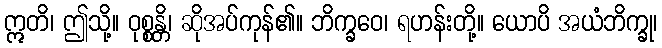
ဣတိ၊ ဤသို့။ ဝုစ္စန္တိ၊ ဆိုအပ်ကုန်၏။ ဘိက္ခဝေ၊ ရဟန်းတို့။ ယောပိ အယံဘိက္ခု၊